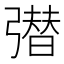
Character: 𭛆